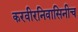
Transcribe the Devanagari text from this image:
करवीरनिवासिनीच